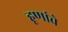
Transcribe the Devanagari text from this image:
हूणांचे